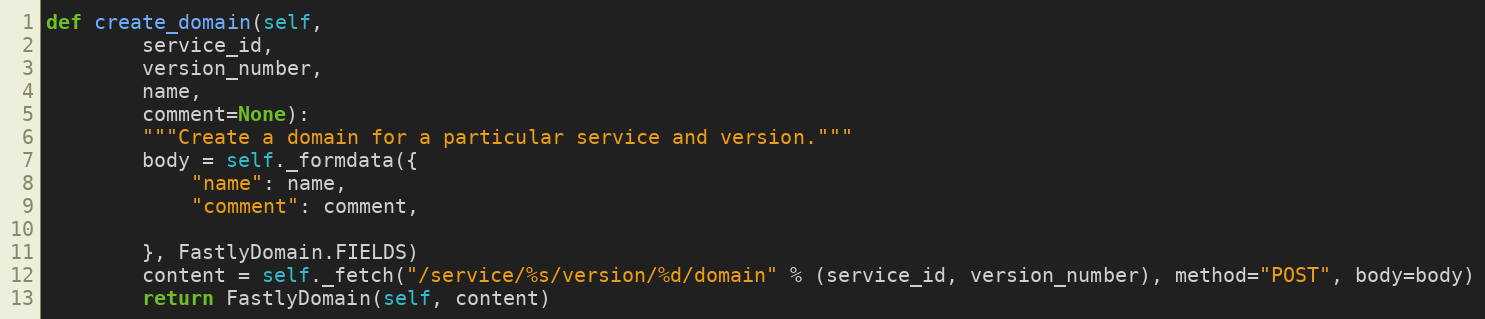
Language: Python
def create_domain(self,
		service_id,
		version_number,
		name,
		comment=None):
		"""Create a domain for a particular service and version."""
		body = self._formdata({
			"name": name,
			"comment": comment,

		}, FastlyDomain.FIELDS)
		content = self._fetch("/service/%s/version/%d/domain" % (service_id, version_number), method="POST", body=body)
		return FastlyDomain(self, content)